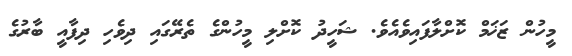
މީހުން ޒަޚަމް ކޮށްލާފައިވެއެވެ. ޝަހީދު ކޮށްލި މީހުންގެ ތެރޭގައި ދިވެހި ދިފާއީ ބާރުގެ